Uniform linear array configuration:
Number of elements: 4
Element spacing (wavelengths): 1
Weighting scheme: binomial
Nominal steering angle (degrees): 0
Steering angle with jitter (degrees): -0.1283
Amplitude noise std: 0.05
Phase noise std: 0.05

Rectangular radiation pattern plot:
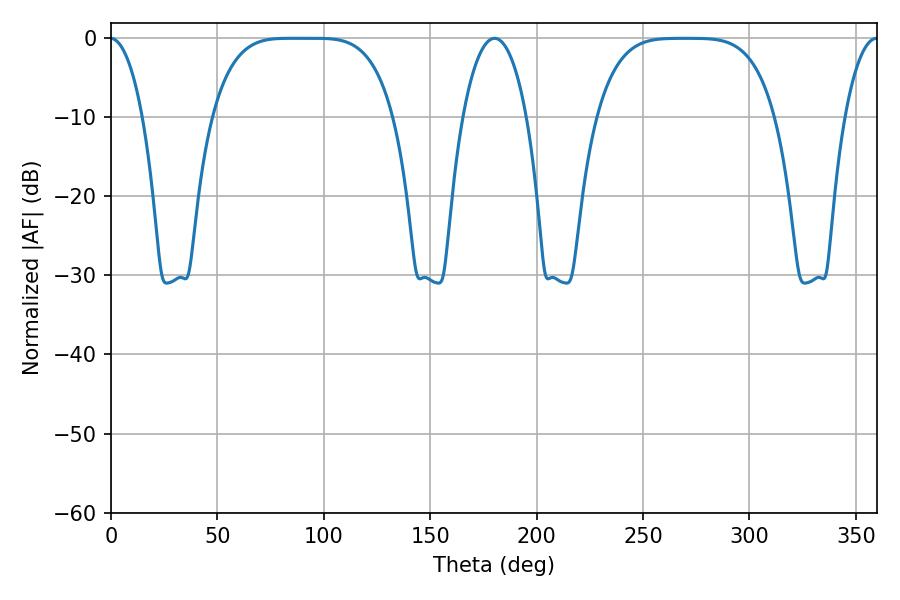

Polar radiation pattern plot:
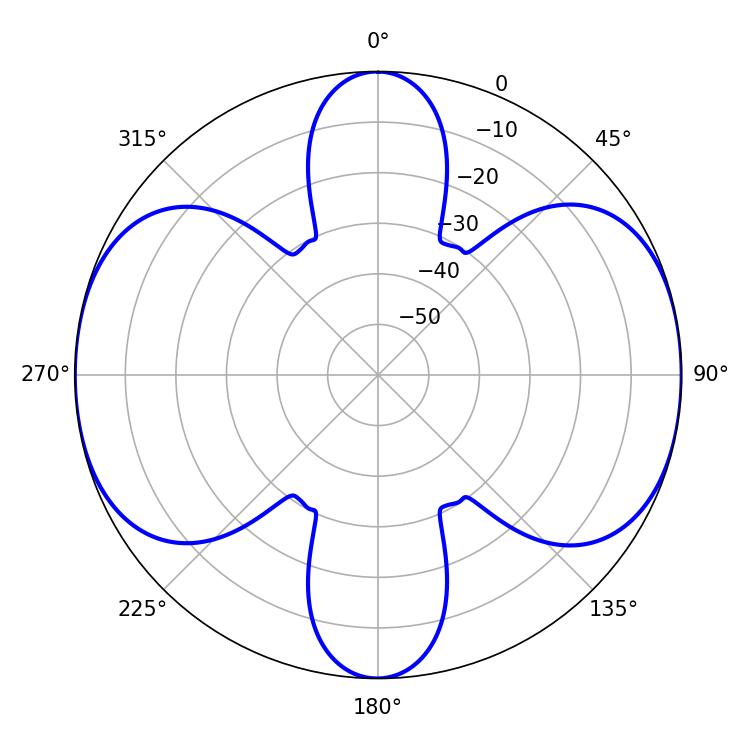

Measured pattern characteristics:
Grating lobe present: TRUE
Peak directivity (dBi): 18.473
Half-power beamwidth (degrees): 63.72
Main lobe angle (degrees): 84.6